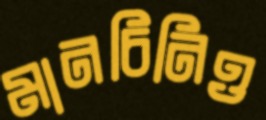
মানচিনিও